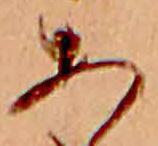
あ